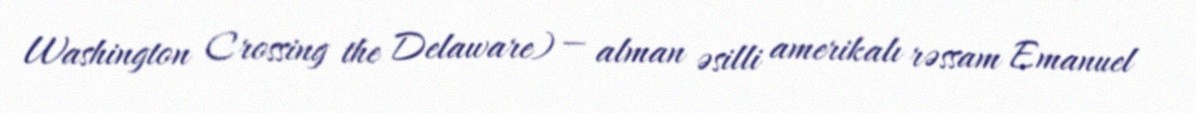
Washington Crossing the Delaware) — alman əsilli amerikalı rəssam Emanuel